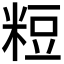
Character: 𥺉